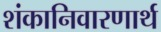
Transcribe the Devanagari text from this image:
शंकानिवारणार्थ